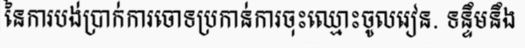
នៃការបង់ប្រាក់ការចោទប្រកាន់ការចុះឈ្មោះចូលរៀន. ទន្ទឹមនឹង